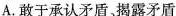
A.敢于承认矛盾、揭露矛盾